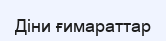
Діни ғимараттар